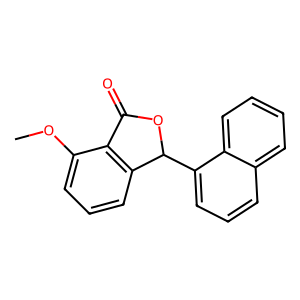
SMILES: COc1cccc2c1C(=O)OC2c1cccc2ccccc12
Inhibits HIV replication: No